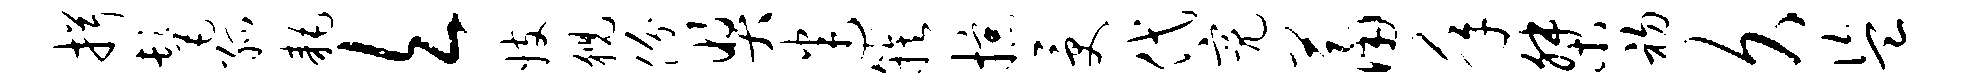
揖髦孤耗欠妓猊份奖迷簇掠受代亮萧年桀初久盗